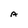
Character: A